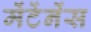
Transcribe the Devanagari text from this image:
मेंटेंनेंस